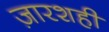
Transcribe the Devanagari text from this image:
ज़ारशही